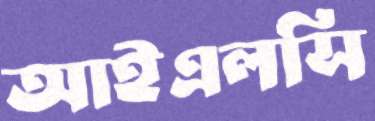
আইএলসি